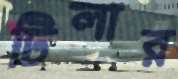
টিলার